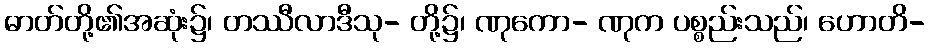
ဓာတ်တို့၏အဆုံး၌၊ တဿီလာဒီသု- တို့၌၊ ဏုကော- ဏုက ပစ္စည်းသည်၊ ဟောတိ-